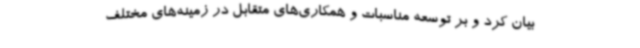
بیان کرد و بر توسعه مناسبات و همکاری‌های متقابل در زمینه‌های مختلف